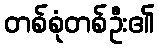
တစ်စုံတစ်ဦး၏